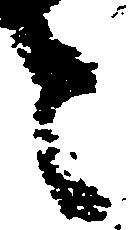
令